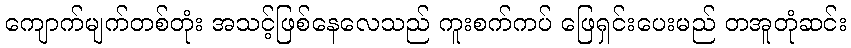
ကျောက်မျက်တစ်တုံး အသင့်ဖြစ်နေလေသည် ကူးစက်ကပ် ဖြေရှင်းပေးမည် တအူတုံဆင်း